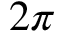
2 \pi